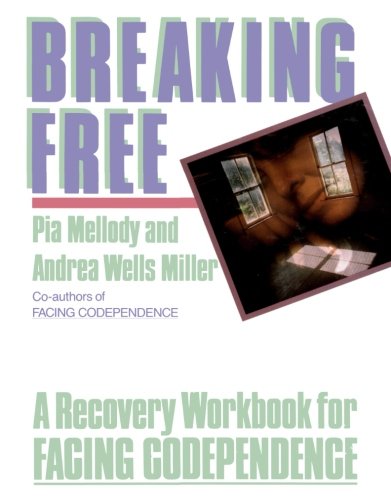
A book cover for Breaking Free: A Recovery Workbook for Facing Codependence; Pia Mellody; Self-Help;